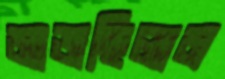
মাজছিলাম